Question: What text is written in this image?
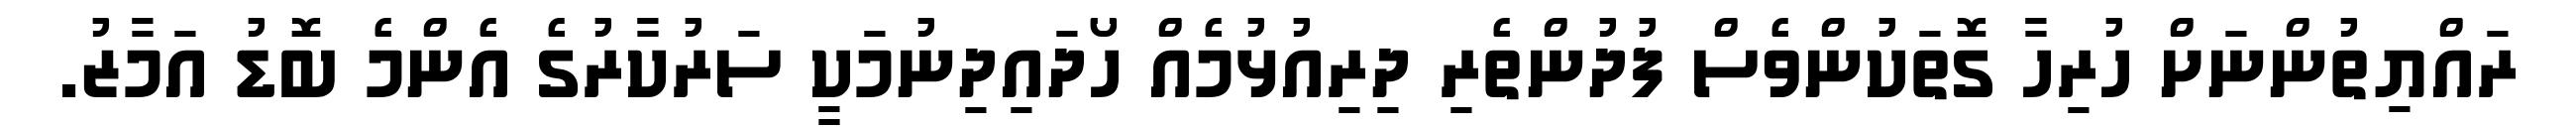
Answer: ރައްޔިތުންނަށް ހުރިހާ ގޮތަކުންވެސް ފުދުންތެރި ދިރިއުޅުމެއް ހޯދައިދިނުމަކީ ސަރުކާރުގެ އެންމެ ބޮޑު އަމާޒު.